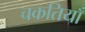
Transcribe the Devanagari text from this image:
चकतियाँ